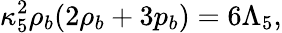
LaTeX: \kappa_{5}^{2}\rho_{b}(2\rho_{b}+3p_{b})=6\Lambda_{5},